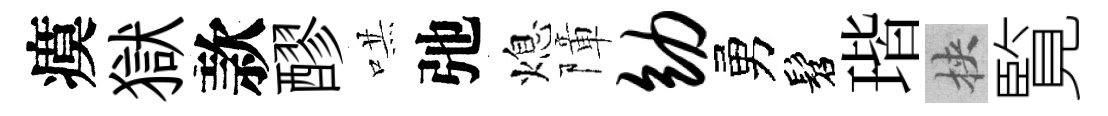
瘼獄款醪哄弛熄障幼勇髫瑎挾覧